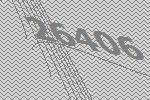
26406